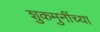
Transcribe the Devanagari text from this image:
शुकमुनींच्या